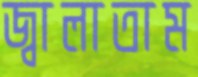
জ্বালাতাম